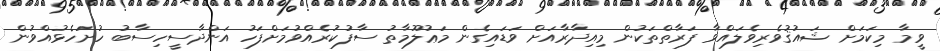
ވީމާ މިކަމަށް ޝައުޤުވެރިވެލައްވާ ފަރާތްތަކުން މިއިދާރާއަށް ވަޑައިގެން މަޢުލޫމާތު ސާފުކުރެއްވުމަށްފަހު އަންދާސީހިސާބު ހުށަހެޅުއްވުން